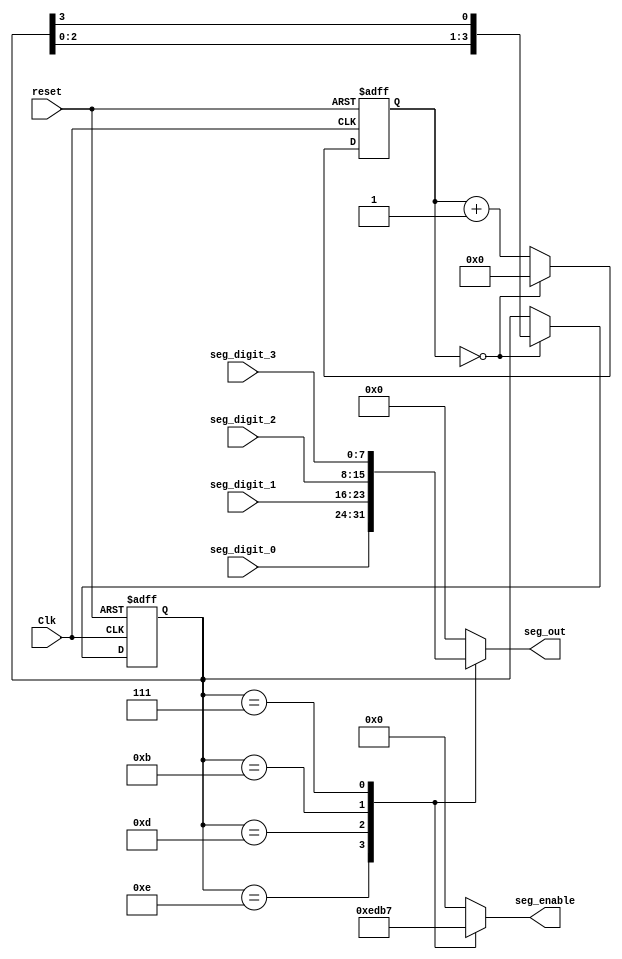
`timescale 1ns / 1ps
//////////////////////////////////////////////////////////////////////////////////
// Company: 
// Engineer: 
// 
// Design Name: 
// Module Name: SevenSegMux
// Project Name: 
// Target Devices: 
// Tool Versions: 
// Description: 
// 
// Dependencies: 
// 
// Revision:
// Revision 0.01 - File Created
// Additional Comments:
// 
//////////////////////////////////////////////////////////////////////////////////


module SevenSegMux
#( 
    parameter [25:0] REFRESH_RATE = 0 
)
(
    input       Clk,
    input       reset,
    input [7:0] seg_digit_0,
    input [7:0] seg_digit_1,
    input [7:0] seg_digit_2,
    input [7:0] seg_digit_3,

    output reg [7:0] seg_out,
    output reg [3:0] seg_enable
);

reg [3:0] SR;

reg [25:0] counter;

always @(posedge Clk or posedge reset) begin
    if (reset) begin
        counter <= 0;
        SR <= 4'b1110;      // 100 MHz / Hz =
    end 
    else begin
        if (counter == REFRESH_RATE) begin
            counter <= 0;
            SR <= {SR[2:0], SR[3]};
        end
        else begin
            SR <= SR;
            counter <= counter + 1;
        end
    end
end



always @(*) begin
    case (SR)
        4'b1110: begin
            seg_out = seg_digit_0;
            seg_enable = 4'b1110;
        end
        4'b1101: begin
            seg_out = seg_digit_1;
            seg_enable = 4'b1101;
        end
        4'b1011: begin
            seg_out = seg_digit_2;
            seg_enable = 4'b1011;
        end
        4'b0111: begin
            seg_out = seg_digit_3;
            seg_enable = 4'b0111;
        end
        default: begin
            seg_out = 8'b0000_0000;
            seg_enable = 4'b0000;
        end
    endcase
end

endmodule